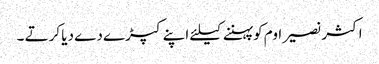
اکثر نصیر اوم کو پہننے کیلئے اپنے کپڑے دے دیا کرتے ۔